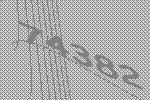
74382